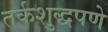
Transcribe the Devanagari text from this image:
तर्कशुद्धपणे